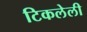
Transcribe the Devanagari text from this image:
टिकलेली